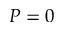
P = 0